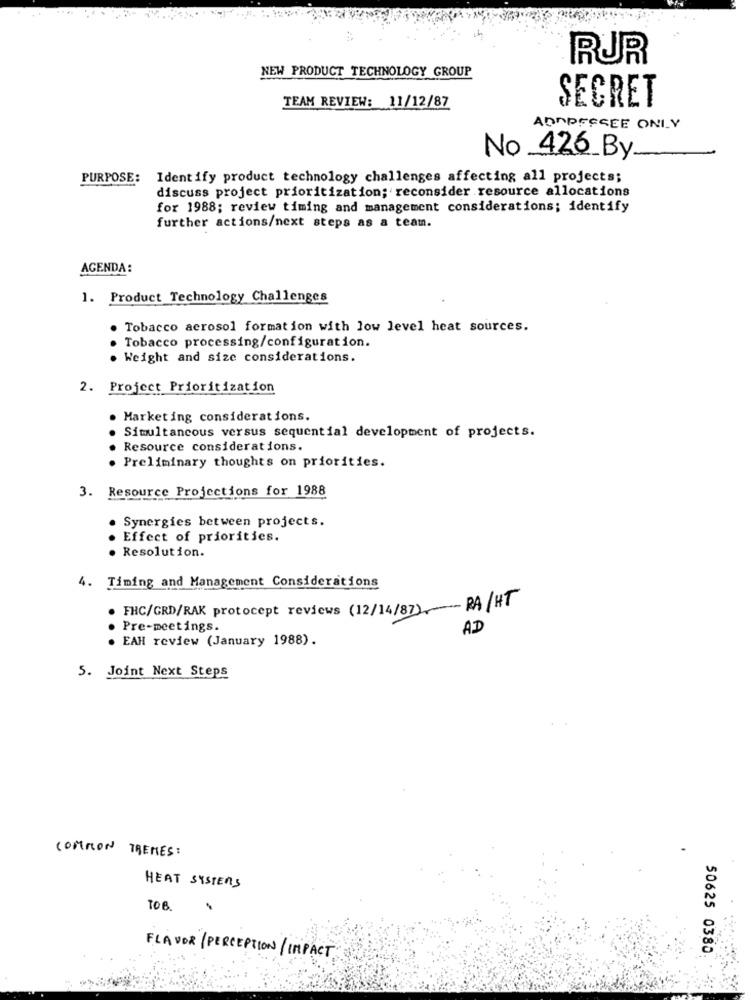
RUR
NEW PRODUCT TECHNOLOGY GROUP
TEAM REVIEW: 11/12/87
SECRET
ADDRESSEE ONLY
No _426_By.
-
PURPOSE:
Identify product technology challenges affecting all projects;
discuss project prioritization; reconsider resource allocations
for 1988; review timing and management considerations; identify
further actions/next steps as a team.
AGENDA:
1. Product Technology Challenges
Tobacco aerosol formation with low level heat sources.
Tobacco processing/configuration.
. Weight and size considerations.
2. Project Prioritization
. Marketing considerations.
Simultancous versus sequential development of projects.
Resource considerations.
. Preliminary thoughts on priorities.
3. Resource Projections for 1988
Synergies between projects.
Effect of priorities.
Resolution.
4. Timing and Management Considerations
. FHC/GRD/RAK protocept reviews (12/14/87)-RA /HT
Pre-meetings.
AD
. EAH review (January 1988).
5. Joint Next Steps
COMMON TRENES :
HEAT SYSTEMS
TOB.
50625 0380
FLAVOR/ PERCEPTION/ IMPACT